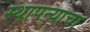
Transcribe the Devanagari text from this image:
स्थापन्याचा